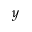
y